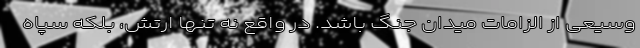
وسیعی از الزامات میدان جنگ باشد. در واقع نه تنها ارتش، بلکه سپاه